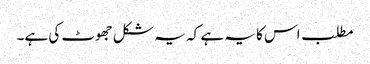
مطلب اس کا یہ ہے کہ یہ شکل جھوٹ کی ہے۔